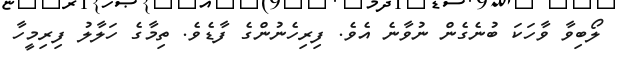
ލޯބިވާ ވާހަކަ ބުނެގެން ނުވާނެ އެވެ. ފިރިހެނުންގެ ފާޑެވެ. ތިމާގެ ހަލާލު ފިރިމީހާ